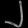
Digit: ၂